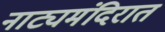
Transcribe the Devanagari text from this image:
नाट्यमंदिरात